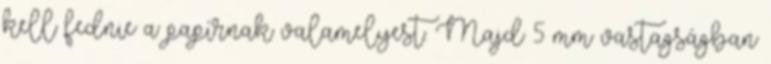
kell fednie a papírnak valamelyest. Majd 5 mm vastagságban